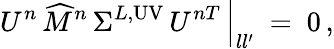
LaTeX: U^{n}\, \widehat{M}^{n}\, \Sigma^{L,\mathrm{UV}}\, U^{nT}\, \Big|_{ll^{\prime}}\ =\ 0\, ,